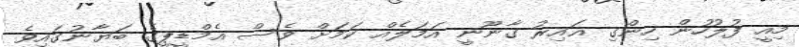
މިއީ ފުލުހުން ހިންގި ޣައިރު ގާނޫނީ އަމަލެއް ކަމަށް ވެސް އެމްޑީޕީގެ ބަޔާނުގައިވެ